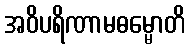
အဝိပရိဏာမဓမ္မောတိ